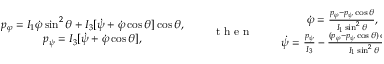
\begin{array} { r } { \begin{array} { c } { p _ { \varphi } = I _ { 1 } \dot { \varphi } \sin ^ { 2 } \theta + I _ { 3 } [ \dot { \psi } + \dot { \varphi } \cos \theta ] \cos \theta , } \\ { p _ { \psi } = I _ { 3 } [ \dot { \psi } + \dot { \varphi } \cos \theta ] , } \end{array} \qquad \mathrm { ~ t ~ h ~ e ~ n ~ } \qquad \begin{array} { c } { \dot { \varphi } = \frac { p _ { \varphi } - p _ { \psi } \cos \theta } { I _ { 1 } \sin ^ { 2 } \theta } , } \\ { \dot { \psi } = \frac { p _ { \psi } } { I _ { 3 } } - \frac { ( p _ { \varphi } - p _ { \psi } \cos \theta ) \cos \theta } { I _ { 1 } \sin ^ { 2 } \theta } . } \end{array} } \end{array}